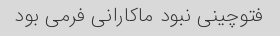
فتوچینی نبود ماکارانی فرمی بود